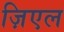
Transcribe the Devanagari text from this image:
ज़िएल